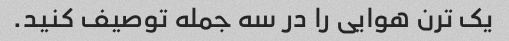
یک ترن هوایی را در سه جمله توصیف کنید.